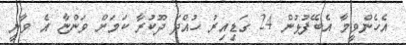
އެހެންވީމާ އެބޭފުޅުން 24 ގަޑިއިރު ހުއްދަ ދޫކުރާ ކަމަށް ވަންޏާ އެ ވާނީ